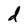
Character: d